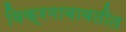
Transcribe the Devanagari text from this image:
विक्रमाबाबतीत